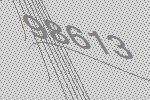
98613